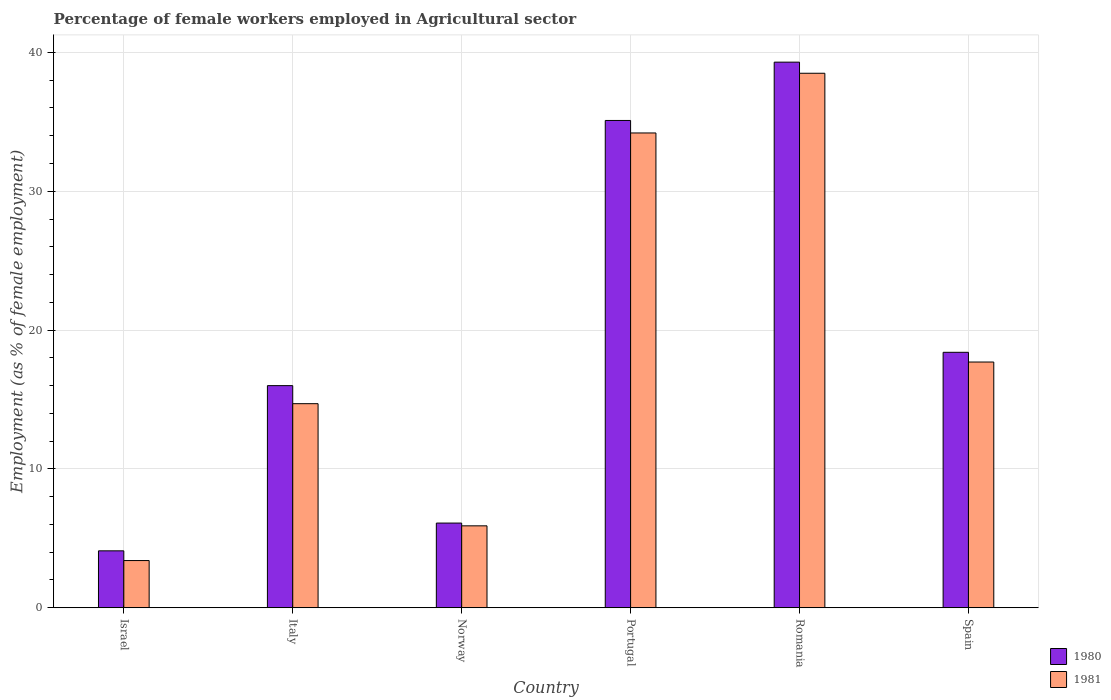
| Country | 1980 | 1981 |
 | --- | --- | --- |
 | Israel | 4.1 | 3.4 |
 | Italy | 16 | 14.7 |
 | Norway | 6.1 | 5.9 |
 | Portugal | 35.1 | 34.2 |
 | Romania | 39.3 | 38.5 |
 | Spain | 18.4 | 17.7 |